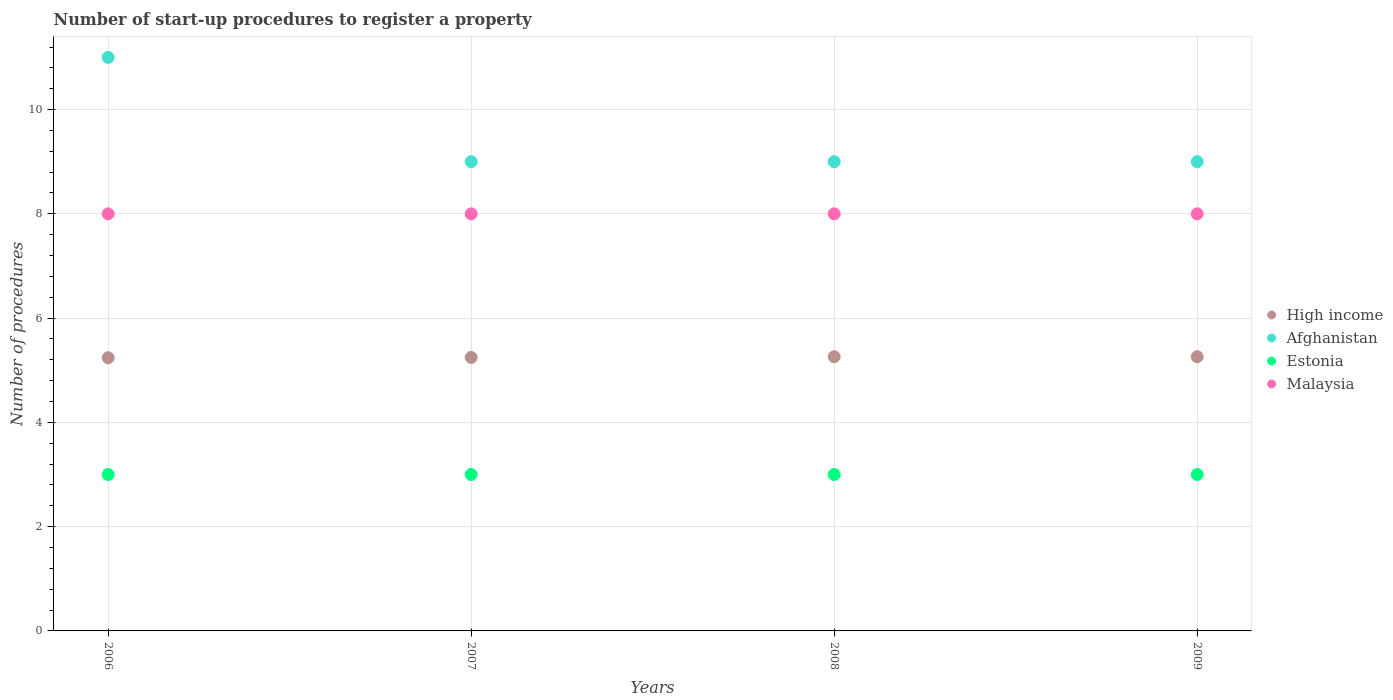
| Years | High income | Afghanistan | Estonia | Malaysia |
 | --- | --- | --- | --- | --- |
 | 2006 | 5.24 | 11 | 3 | 8 |
 | 2007 | 5.25 | 9 | 3 | 8 |
 | 2008 | 5.26 | 9 | 3 | 8 |
 | 2009 | 5.26 | 9 | 3 | 8 |